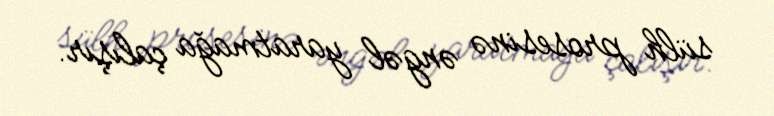
sülh prosesinə əngəl yaratmağa çalışır.